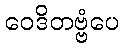
ဝေဒိတဗ္ဗံပေ